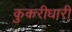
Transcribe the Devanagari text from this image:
कुकरीधारी